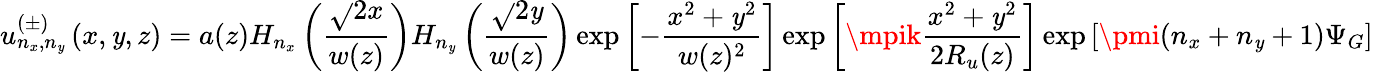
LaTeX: u_{n_{x},n_{\mathit{y}}}^{(\pm)}\left(x,\mathit{y},z\right)=a(z)H_{n_{x}}\left(\frac{{\sqrt{}{{2}}x}}{{w(z)}}\right)H_{n_{\mathit{y}}}\left(\frac{{\sqrt{}{{2}}\mathit{y}}}{{w(z)}}\right)\exp\left[-\frac{{x^{2}+\mathit{y}^{2}}}{{w(z)^{2}}}\right]\exp\left[\mpik\frac{{x^{2}+\mathit{y}^{2}}}{{2R_{u}(z)}}\right]\exp\left[\pmi(n_{x}+n_{\mathit{y}}+1)\Psi_{G}\right]